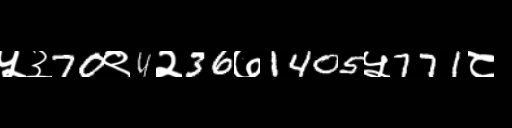
Text: ५३70९4२36७1405५771८